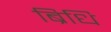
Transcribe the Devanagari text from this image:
ब्रिधि